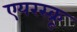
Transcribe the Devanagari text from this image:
एयरस्क्रू